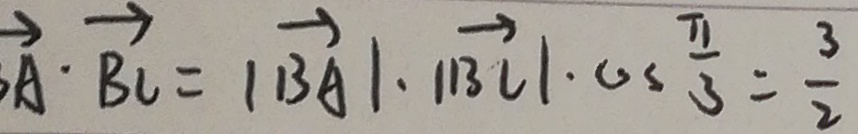
\overrightarrow { A } \cdot \overrightarrow { B C } = \vert \overrightarrow { B A } \vert \cdot \vert \overrightarrow { B C } \vert \cdot \cos \frac { \pi } { 3 } = \frac { 3 } { 2 }